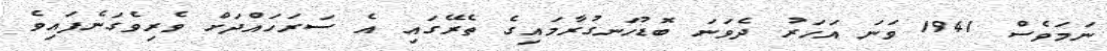
ނަމަވެސް 1941 ވަނަ އަހަރު ދެވަނަ ބޮޑުހަނގުރާމައިގެ ތެރޭގައި އެ ސަރަހައްދަށް ވެރިވެގަނެފައިވެ